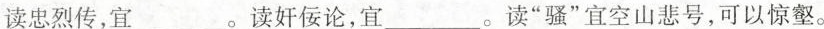
读忠烈传，宜___。读奸佞论，宜___。读”骚”宜空山悲号，可以惊壑。